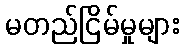
မတည်ငြိမ်မှုများ